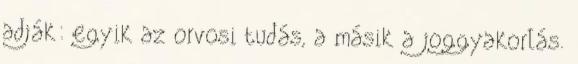
adják: egyik az orvosi tudás, a másik a joggyakorlás.